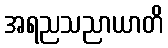
အရညသညာယာတိ